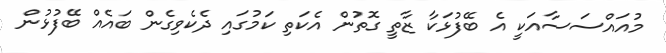
މުއައްސަސާއަކީ އެ ބޭފުޅަކާ ޒާތީ ގޮތުން އެކަތި ކަމުގައި ދެކެވިގެން ބައެއް ބޭފުޅުން